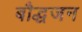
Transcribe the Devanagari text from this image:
बौद्धजन